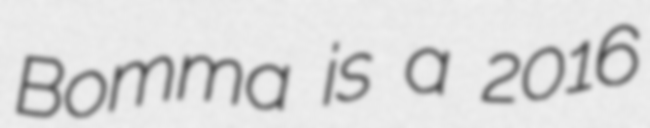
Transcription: Bomma is a 2016